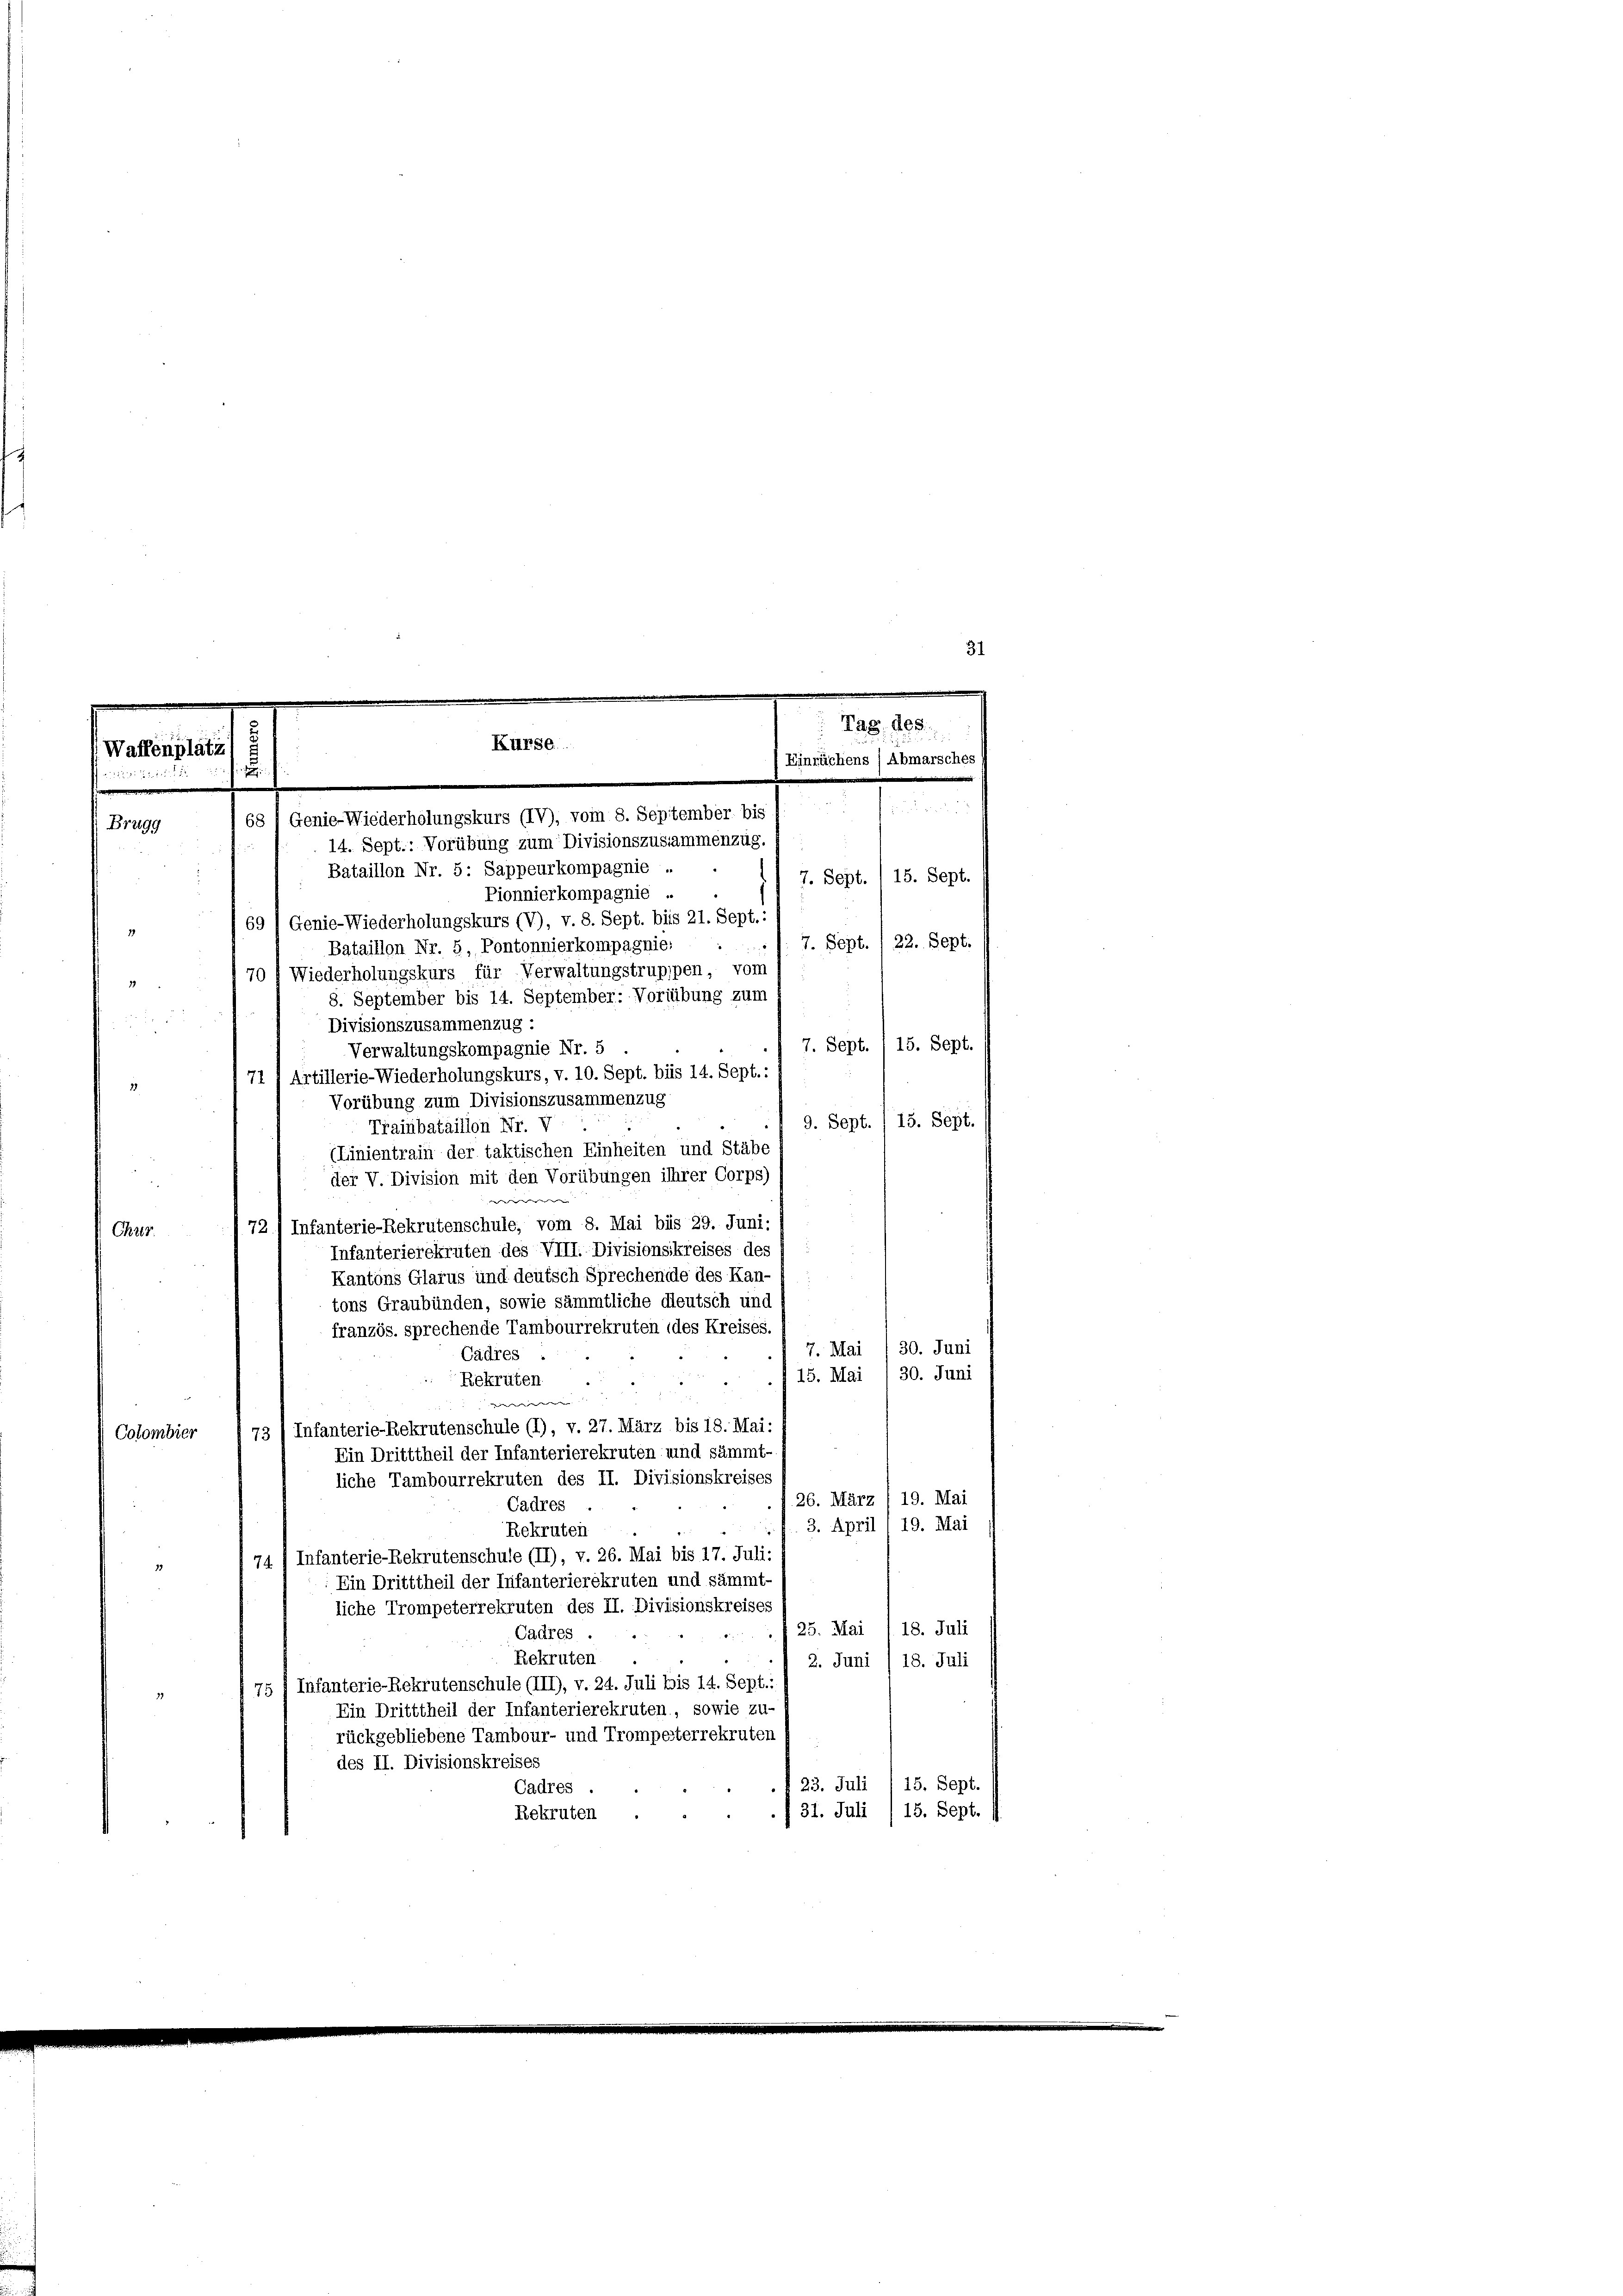
e
Tag des
Kurse.
Waffenplätz
Einrächens / Abmarsches
.

68 1 Genie-Wiederholungskurs (IV), vom 8. September bis
Brugg
14. Sept.: Vorübung zum Divisionszusammenzug,
Bataillon Nr. 5 Sappeurkompagnie .

31

7. Sept. (15. Sept.
7. Sept. / 22. Sept.

Pionnierkompagnie
69/Genie-Wiederholungskurs (V), v. 8. Sept. bis 21. Sept.,
Bataillon Nr. 5, Pontonnierkompagnie:
70 f Wiederholungskurs für Verwaltungstrupppen, vom
12
8. September bis 14. September: Voriübung zum

Divisionszusammenzug:
7. Sept. 115. Sept.
Verwaltungskompagnie Nr. 5
71 Artillerie-Wiederholungskurs, v. 10. Sept. bis 14. Sept.:
Vorübung zum Divisionszusammenzug
15. Sept.
9. Sept.
Trainbataillon Nr. V
(Linientrain der taktischen Einheiten und Stäbe
der V. Division mit den Vorübungen ihrer Corps)
d
72./ Infanterie-Rekrutenschule, vom 8. Mai bis 29. Juni:
Chur
Infanterierekruten des VIII. Divisionskreises des J
Kantons Glarus und deutsch Sprechende des Kan-
tons Graubünden, sowie sämmtliche deutsch und
französ. sprechende Tambourrekruten (des Kreises
30. Juni
7. Mai
Cadres
30. Juni
15. Mai
Rekruten
verwer
73 (Infanterie-Rekrutenschule (1), v. 27. März bis 18. Mai:
Colombier
Ein Dritttheil der Infanterierekruten und sämmt-
liche Tambourrekruten des II. Divisionskreises
26. März /19. Mai
Cadres
3. April ( 19. Mai
Rekruten
74 / Infanterie-Rekrutenschule (II), v. 26. Mai bis 17. Juli:
15
Ein Dritttheil der Infanterierekruten und sämmt
liche Trompeterrekruten des II. Divisionskreises
25. Mai , 18. Juli
Cadres
Rekruten
2. Juni /18. Juli
75 / Infanterie-Rekrutenschule (III), v. 24. Juli bis 14. Sept.
Ein Dritttheil der Infanterierekruten, sowie zu-
rückgebliebene Tambour- und Trompesterrekruten
des II. Divisionskreises
23. Juli 1 15. Sept.
Cadres
f 31. Juli , 15. Sept. (
Rekruten